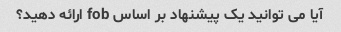
آیا می توانید یک پیشنهاد بر اساس fob ارائه دهید؟